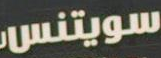
سويتنس